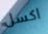
اكسل